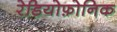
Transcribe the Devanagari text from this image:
रेडियोफ़ोनिक